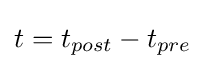
t=t_{post}-t_{pre}